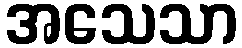
အသေသာ